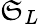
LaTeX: \mathfrak{S}_{L}